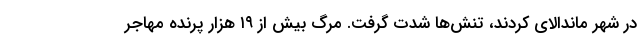
در شهر ماندالای کردند، تنش‌ها شدت گرفت. مرگ بیش از ۱۹ هزار پرنده مهاجر